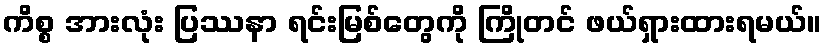
ကိစ္စ အားလုံး ပြဿနာ ရင်းမြစ်တွေကို ကြိုတင် ဖယ်ရှားထားရမယ်။